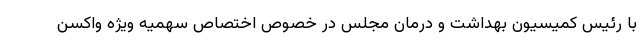
با رئیس کمیسیون بهداشت و درمان مجلس در خصوص اختصاص سهمیه ویژه واکسن